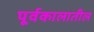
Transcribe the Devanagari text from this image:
पूर्वकालातील